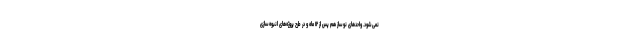
نمی‌شود. واحدهای نوساز هم پس از ۱۲ ماه و در طرح پروژه‌های انبوه‌سازی